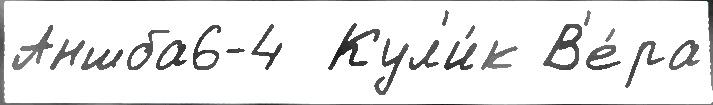
Аншба6-4  Кул'и́к В'е́ра